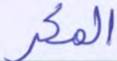
المكر